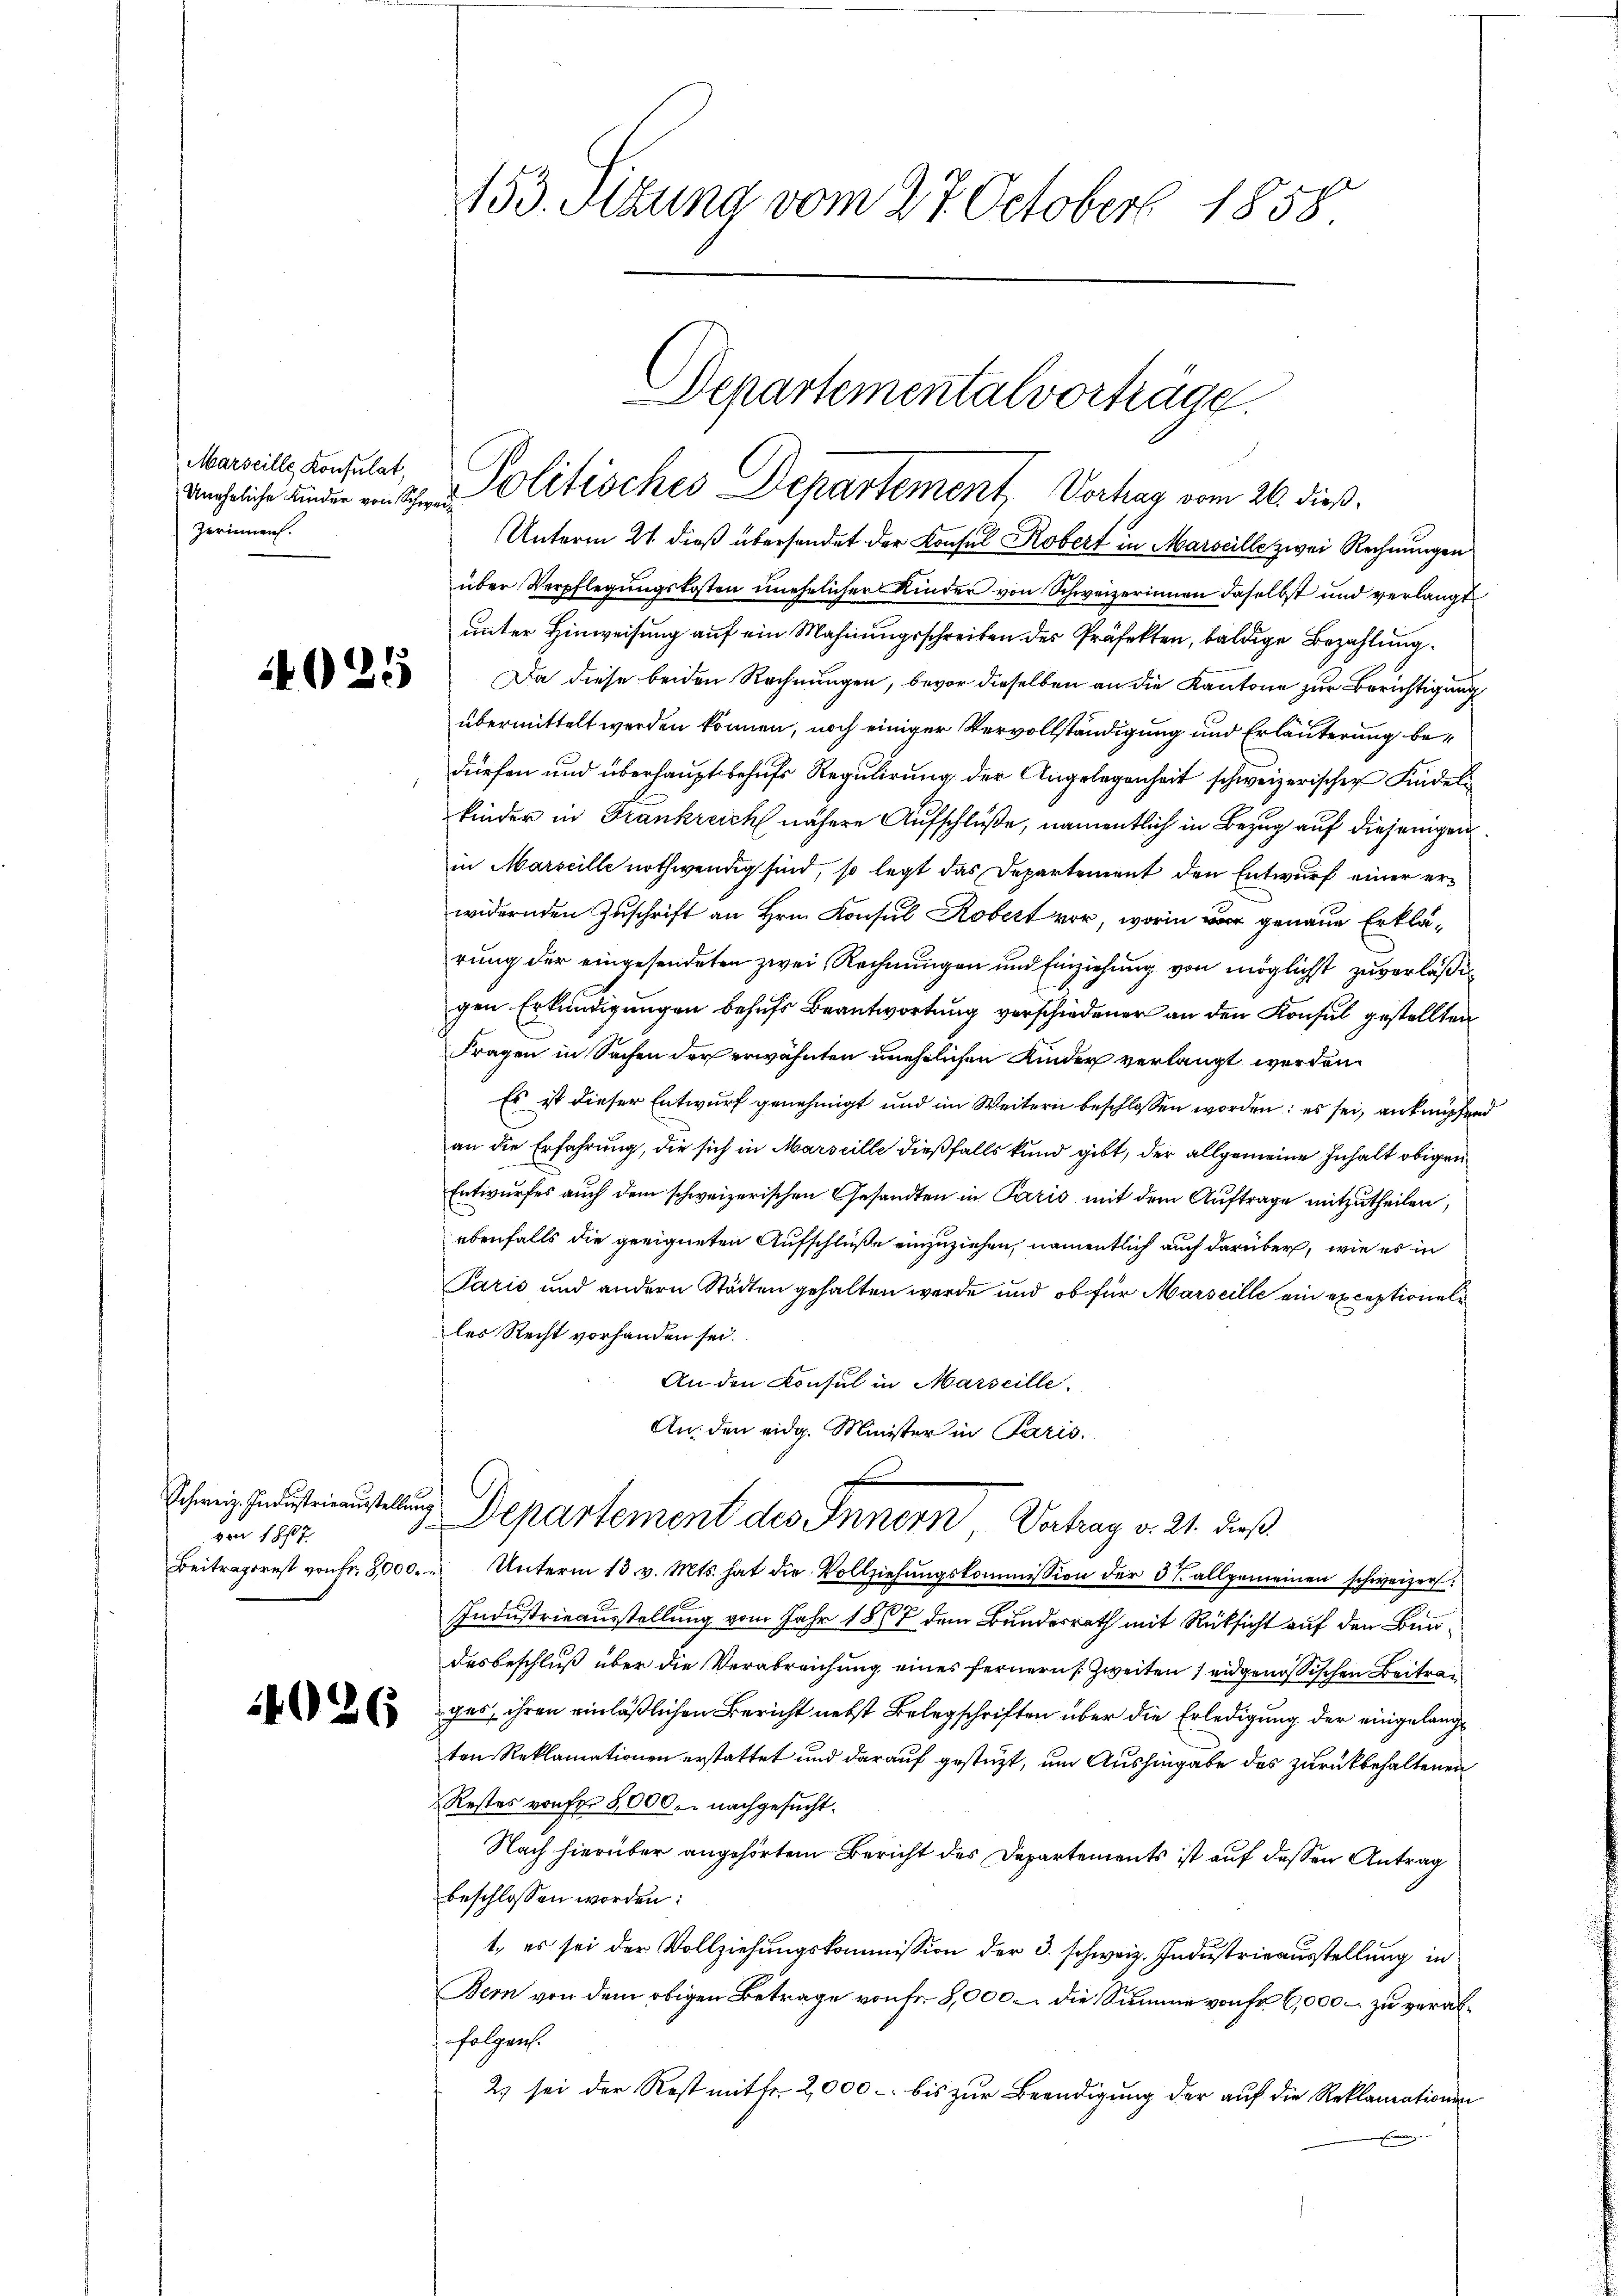
Marseille Konsulat,
Uneheliche Kinder von Schweiz
Zerinnen.

25

Schweiz. Industrieausstellung
von 187

4026

153. Sitzung vom 27. October 1858

Departementalvorträge.
Politisches Departement, Verhar vom 26. dieß.

Unterm 21. dieß übersendet der Konsul Robert in Marseille zwei Rechnungen
über Verpflegungskosten unehelicher Kinder von Schweizerinnen daselbst und verlangt
unter Hinweisung auf ein Mahnungsschreiben des Präfekten, baldige Bezahlung
Da diese beiden Rechnungen, bevor dieselben an die Kantone zur Berichtigung
übermittelt werden können, noch einiger Vervollständigung und Erläuterung bedürfen und überhaupt behufs Regulirung der Angelegenheit schweizerischen Kindel
kinder in Frankreich nähere Aufschluße, namentlich in Bezug auf diejenigen
in Marseille nothwendig sind, so legt das Departement den Entwurf einer erwidernden Zuschrift an Hrn. Konsul Kobert vor, worin war genaue Erklärung der eingesendeten zwei Rechnungen und Einziehung von möglichst zuverläßigen Erkundigungen behufs Beantwortung verschiedener an den Konsul gestellten
Fragen in Sachen der erwähnten unehelichen Kinder verlangt werden.
Es ist dieser Entwurf genehmigt und im Weitern beschlossen worden: es sei, anknüpfend
an die Erfahrung, die sich in Marseille dießfalls kund gibt, der allgemeine Inhalt obigen
Entwurfes auch dem schweizerischen Gesandten in Paris mit dem Auftrage mitzutheilen,
ebenfalls die geeigneten Aufschluße einzuziehen, namentlich auch darüber, wie es in
Paris und andern Städten gehalten werde und ob für Marseille ein exceptionel
les Recht vorhanden sei.
An den Konsul in Marseille.
An: den eidg. Minister in Paris.
Departement des Innern, Vertrag v. 21. dieß
Beitragsrest von fr. 8000. u Unterm 13. v. Mts. hat die Vollziehŭngskommission der 37 allgemeinen schweizer.
Industrieausstellung vom Jahr 1848 dem Bundesrath mit Rücksicht auf den Bundesbeschluß über die Verabreichung eines fernern Zweiten 7 eidgenössischen Beitrag
ges, ihren einläßlichen Bericht nebst Belegschriften über die Erledigung der eingelangten Reklamationen erstattet und darauf gestüzt, um Aushingabe des zurückbehaltenen
Restes von Fr. 8000. - nachgesucht.
Nach hierüber angehörtem Bericht des Departements ist auf dessen Antrag
beschlossen worden:
1., es sei der Vollziehungskommission der 3. schweiz. Industrieausstellung in
Bern von dem obigen Betrage von fr. 8,000 – die Summe von fr 6,000 - zu veralfolgen.
2) sei der Rest mitfr. 2,000. bis zur Beendigung der auf die Reklamationen
g